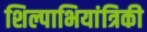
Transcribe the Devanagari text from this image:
शिल्पाभियांत्रिकी